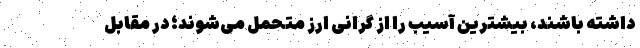
داشته باشند، بیشترین آسیب را از گرانی ارز متحمل می‌شوند؛ در مقابل